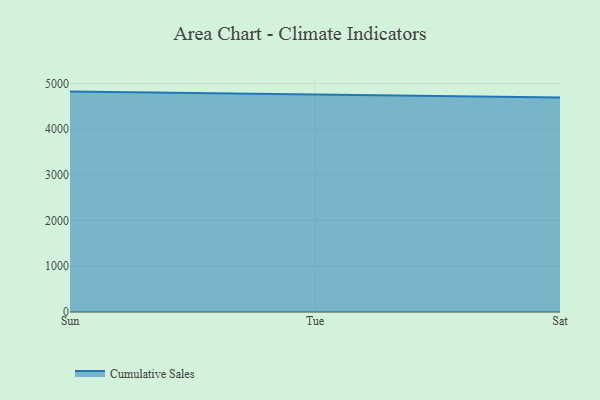
{"axis": {"x": "Day", "y": "Humidity (%)"}, "legend": ["Cumulative Sales"], "data": [{"x": "Sun", "y": 4822.1, "type": "Cumulative Sales"}, {"x": "Tue", "y": 4752.3, "type": "Cumulative Sales"}, {"x": "Sat", "y": 4693.8, "type": "Cumulative Sales"}]}